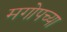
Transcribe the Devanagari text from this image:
मगोपच्या